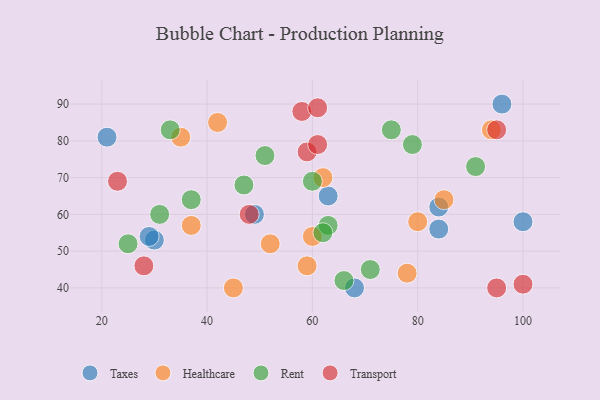
{"axis": {"x": "GDP", "y": "Life Expectancy"}, "legend": ["Healthcare", "Rent", "Taxes", "Transport"], "data": [{"x": "68", "y": 40, "type": "Taxes"}, {"x": "30", "y": 53, "type": "Taxes"}, {"x": "49", "y": 60, "type": "Taxes"}, {"x": "63", "y": 65, "type": "Taxes"}, {"x": "84", "y": 56, "type": "Taxes"}, {"x": "84", "y": 62, "type": "Taxes"}, {"x": "29", "y": 54, "type": "Taxes"}, {"x": "96", "y": 90, "type": "Taxes"}, {"x": "21", "y": 81, "type": "Taxes"}, {"x": "100", "y": 58, "type": "Taxes"}, {"x": "60", "y": 54, "type": "Healthcare"}, {"x": "94", "y": 83, "type": "Healthcare"}, {"x": "42", "y": 85, "type": "Healthcare"}, {"x": "52", "y": 52, "type": "Healthcare"}, {"x": "59", "y": 46, "type": "Healthcare"}, {"x": "37", "y": 57, "type": "Healthcare"}, {"x": "85", "y": 64, "type": "Healthcare"}, {"x": "35", "y": 81, "type": "Healthcare"}, {"x": "62", "y": 70, "type": "Healthcare"}, {"x": "80", "y": 58, "type": "Healthcare"}, {"x": "78", "y": 44, "type": "Healthcare"}, {"x": "45", "y": 40, "type": "Healthcare"}, {"x": "47", "y": 68, "type": "Rent"}, {"x": "63", "y": 57, "type": "Rent"}, {"x": "33", "y": 83, "type": "Rent"}, {"x": "71", "y": 45, "type": "Rent"}, {"x": "66", "y": 42, "type": "Rent"}, {"x": "31", "y": 60, "type": "Rent"}, {"x": "75", "y": 83, "type": "Rent"}, {"x": "25", "y": 52, "type": "Rent"}, {"x": "37", "y": 64, "type": "Rent"}, {"x": "51", "y": 76, "type": "Rent"}, {"x": "79", "y": 79, "type": "Rent"}, {"x": "91", "y": 73, "type": "Rent"}, {"x": "60", "y": 69, "type": "Rent"}, {"x": "62", "y": 55, "type": "Rent"}, {"x": "48", "y": 60, "type": "Transport"}, {"x": "23", "y": 69, "type": "Transport"}, {"x": "28", "y": 46, "type": "Transport"}, {"x": "100", "y": 41, "type": "Transport"}, {"x": "59", "y": 77, "type": "Transport"}, {"x": "61", "y": 79, "type": "Transport"}, {"x": "95", "y": 40, "type": "Transport"}, {"x": "58", "y": 88, "type": "Transport"}, {"x": "61", "y": 89, "type": "Transport"}, {"x": "95", "y": 83, "type": "Transport"}]}